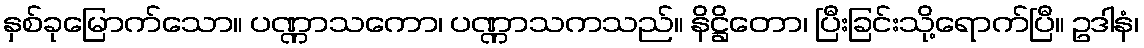
နှစ်ခုမြောက်သော။ ပဏ္ဏာသကော၊ ပဏ္ဏာသကသည်။ နိဋ္ဌိတော၊ ပြီးခြင်းသို့ရောက်ပြီ။ ဥဒါနံ၊